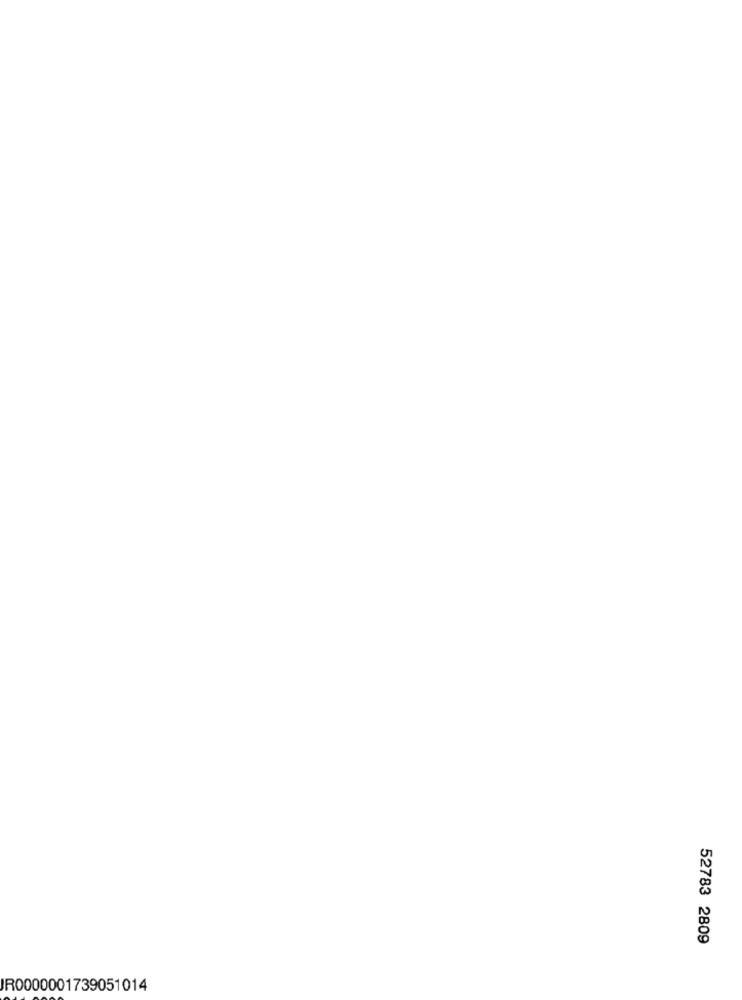
52783 2809
IR0000001739051014